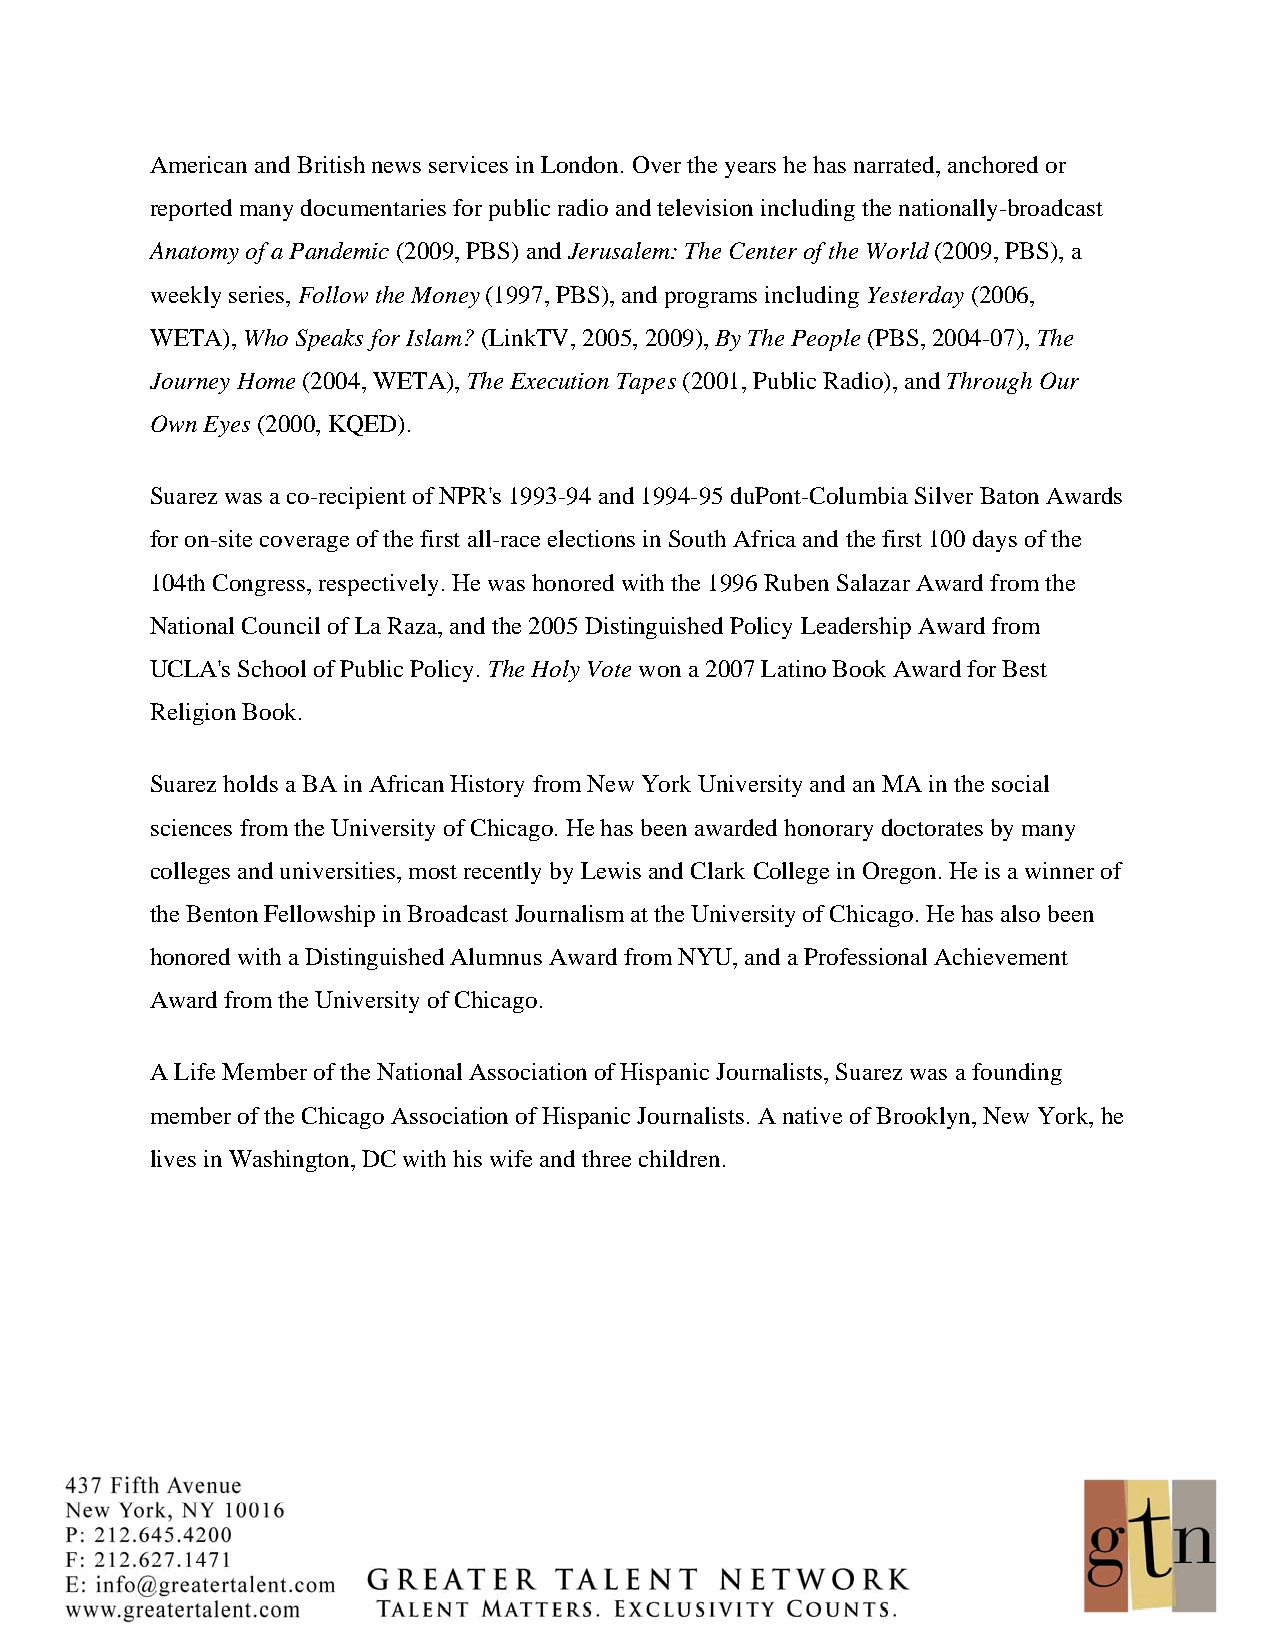
American and British news services in London. Over the years he has narrated, anchored or
 reported many documentaries for public radio and television including the nationally-broadcast
 Anatomy of a Pandemic (2009, PBS) and Jerusalem: The Center of the World (2009, PBS), a
 weekly series, Follow the Money (1997, PBS), and programs including Yesterday (2006,
 WETA), Who Speaks for Islam? (LinkTV, 2005, 2009), By The People (PBS, 2004-07), The
 Journey Home (2004, WETA), The Execution Tapes (2001, Public Radio), and Through Our
 Own Eyes (2000, KQED).
 Suarez was a co-recipient of NPR's 1993-94 and 1994-95 duPont-Columbia Silver Baton Awards
 for on-site coverage of the first all-race elections in South Africa and the first 100 days of the
 104th Congress, respectively. He was honored with the 1996 Ruben Salazar Award from the
 National Council of La Raza, and the 2005 Distinguished Policy Leadership Award from
 UCLA's School of Public Policy. The Holy Vote won a 2007 Latino Book Award for Best
 Religion Book.
 Suarez holds a BA in African History from New York University and an MA in the social
 sciences from the University of Chicago. He has been awarded honorary doctorates by many
 colleges and universities, most recently by Lewis and Clark College in Oregon. He is a winner of
 the Benton Fellowship in Broadcast Journalism at the University of Chicago. He has also been
 honored with a Distinguished Alumnus Award from NYU, and a Professional Achievement
 Award from the University of Chicago.
 A Life Member of the National Association of Hispanic Journalists, Suarez was a founding
 member of the Chicago Association of Hispanic Journalists. A native of Brooklyn, New York, he
 lives in Washington, DC with his wife and three children.